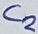
Text: C2